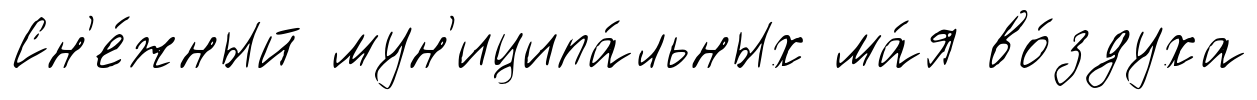
Сн'е́жный мун'иципа́льных ма́я во́здуха